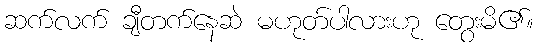
ဆက်လက် ချီတက်နေဆဲ မဟုတ်ပါလားဟု တွေးမိ၏။